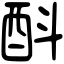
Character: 酙